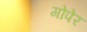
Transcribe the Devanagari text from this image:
गोपेर